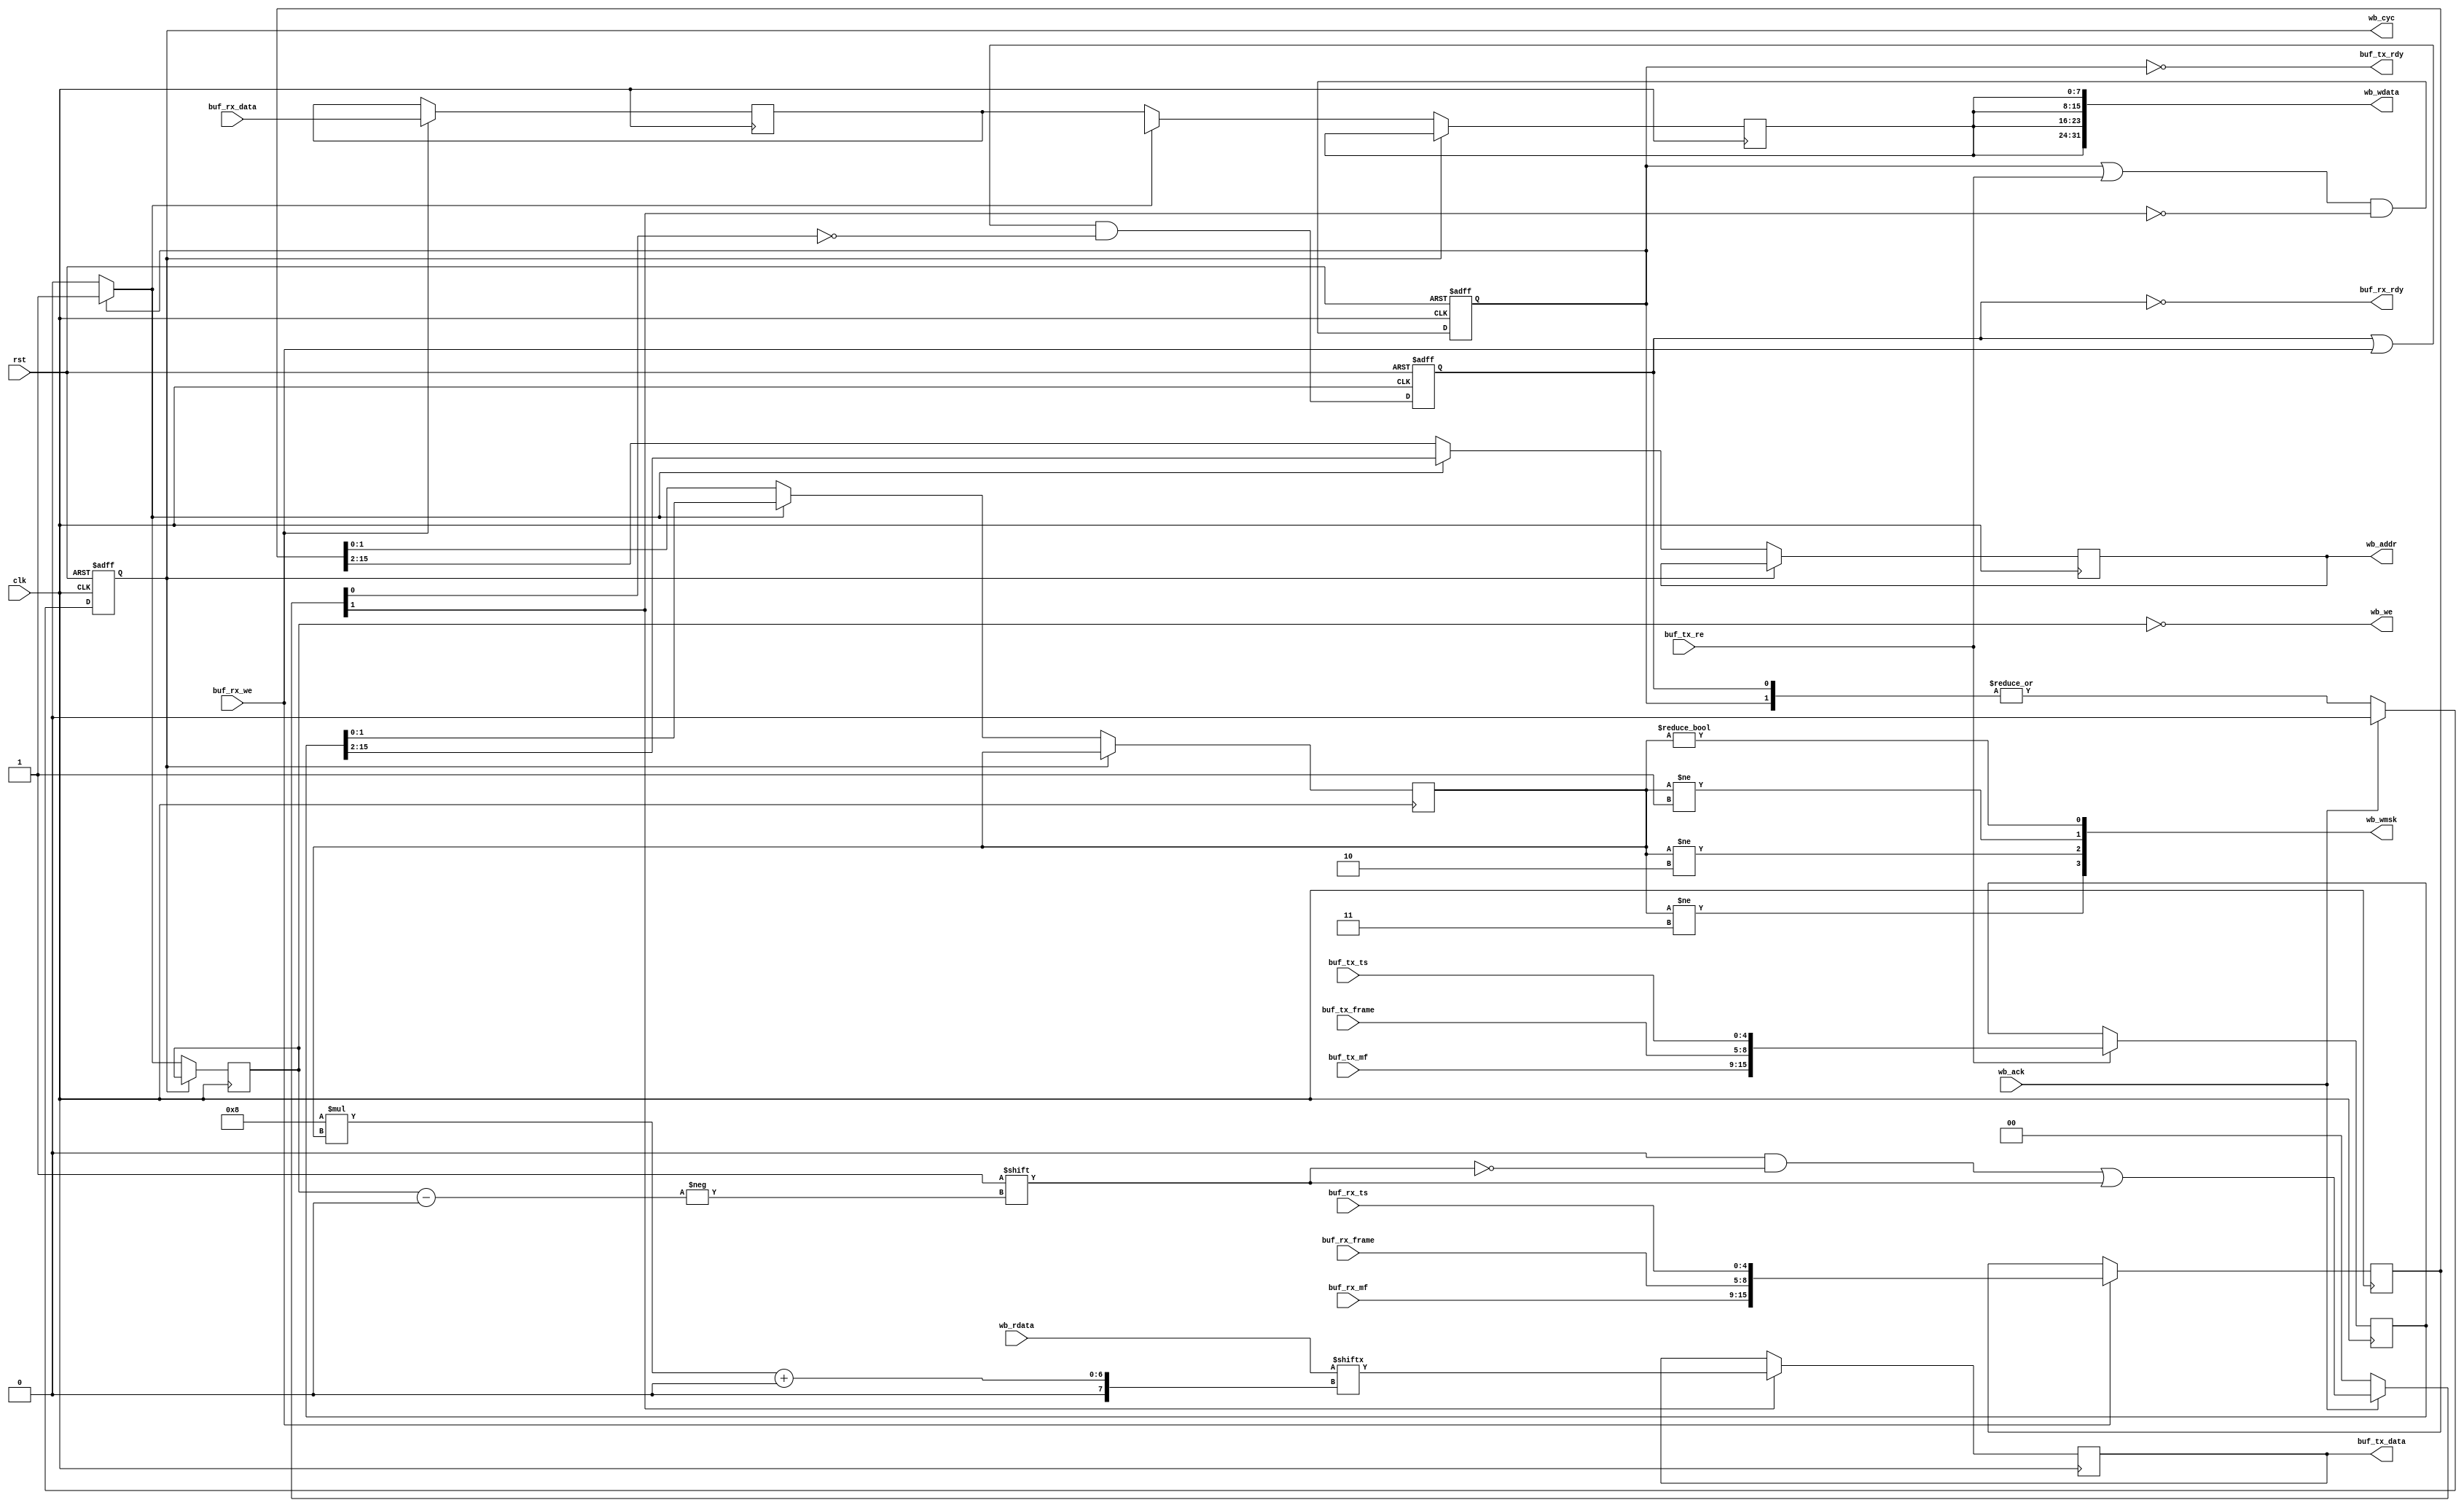
/*
 * e1_buf_if_wb.v
 *
 * vim: ts=4 sw=4
 *
 * E1 buffer interface to wishbone master conversion
 *
 * Copyright (C) 2019-2020  Sylvain Munaut <tnt@246tNt.com>
 * SPDX-License-Identifier: CERN-OHL-W-2.0
 */

`default_nettype none

module e1_buf_if_wb #(
	parameter integer N = 1,					// Number of units
	parameter UNIT_HAS_RX = 1'b1,				// 1 bit per unit
	parameter UNIT_HAS_TX = 1'b1,				// 1 bit per unit
	parameter integer MFW = 7,					// Multi-Frame width
	parameter integer DW = 32,					// 16 or 32

	// auto-set parameters
	parameter integer MW = DW / 8,				// Mask Width
	parameter integer AW = MFW + 9 - $clog2(MW)	// Address Width
)(
	// Wishbone master
	output reg  [AW-1:0] wb_addr,
	input  wire [DW-1:0] wb_rdata,
	output wire [DW-1:0] wb_wdata,
	output wire [MW-1:0] wb_wmsk,
	output wire          wb_cyc,
	output wire          wb_we,
	input  wire          wb_ack,

	// Buffer interface
		// E1 RX (write)
	input  wire [(N*8)  -1:0] buf_rx_data,
	input  wire [(N*5)  -1:0] buf_rx_ts,
	input  wire [(N*4)  -1:0] buf_rx_frame,
	input  wire [(N*MFW)-1:0] buf_rx_mf,
	input  wire [ N     -1:0] buf_rx_we,
	output wire [ N     -1:0] buf_rx_rdy,

		// E1 TX (read)
	output wire [(N*8)  -1:0] buf_tx_data,
	input  wire [(N*5)  -1:0] buf_tx_ts,
	input  wire [(N*4)  -1:0] buf_tx_frame,
	input  wire [(N*MFW)-1:0] buf_tx_mf,
	input  wire [ N     -1:0] buf_tx_re,
	output wire [ N     -1:0] buf_tx_rdy,

	// Clock / Reset
	input  wire clk,
	input  wire rst
);

	localparam integer LW = $clog2(MW);		// LSB width
	localparam integer FW = AW + LW;		// Full-Address width
	localparam integer CW = $clog2(2*N);	// Channel width


	// Signals
	// -------

	genvar i;

	// RX
	reg  [ N-1:0] rx_pending;
	wire [ N-1:0] rx_done;
	reg  [   7:0] rx_data_reg[0:N-1];
	reg  [FW-1:0] rx_addr_reg[0:N-1];

	// TX
	reg  [ N-1:0] tx_pending;
	wire [ N-1:0] tx_done;
	reg  [   7:0] tx_data_reg[0:N-1];
	reg  [FW-1:0] tx_addr_reg[0:N-1];

	// Transactions
	wire [2*N-1:0] t_pending;
	reg  [2*N-1:0] t_done;

	reg            t_nxt_busy;
	reg            t_busy;
	reg   [CW-1:0] t_nxt_chan;
	reg   [CW-1:0] t_chan; // MSB = RX(0) / TX(1)

	reg   [LW-1:0] wb_addr_lsb;
	reg   [   7:0] wb_wdata_byte;
	wire  [   7:0] wb_rdata_mux;


	// E1 RX (write)
	// -------------

	generate
		for (i=0; i<N; i=i+1) begin
			if (UNIT_HAS_RX[i]) begin

				// Capture
				always @(posedge clk)
					if (buf_rx_we[i]) begin
						rx_data_reg[i] <= buf_rx_data[8*i+:8];
						rx_addr_reg[i] <= {
							buf_rx_mf [MFW*i+:MFW],
							buf_rx_frame[4*i+:  4],
							buf_rx_ts   [5*i+:  5]
						};
					end

				// Pending flag
				always @(posedge clk or posedge rst)
					if (rst)
						rx_pending[i] <= 1'b0;
					else
						rx_pending[i] <= (rx_pending[i] | buf_rx_we[i]) & ~rx_done[i];

				// Ready status
				assign buf_rx_rdy[i] = ~rx_pending[i];

			end else begin

				// Dummy
				always @(posedge clk)
				begin
					rx_pending[i]  <= 0;
					rx_data_reg[i] <= 8'h00;
					rx_addr_reg[i] <= 0;
				end

			end
		end
	endgenerate


	// E1 TX (read)
	// ------------

	generate
		for (i=0; i<N; i=i+1) begin
			if (UNIT_HAS_TX[i]) begin

				// Capture
				always @(posedge clk)
					if (buf_tx_re[i]) begin
						tx_addr_reg[i] <= {
							buf_tx_mf [MFW*i+:MFW],
							buf_tx_frame[4*i+:  4],
							buf_tx_ts   [5*i+:  5]
						};
					end

				// Pending flag
				always @(posedge clk or posedge rst)
					if (rst)
						tx_pending[i] <= 1'b0;
					else
						tx_pending[i] <= (tx_pending[i] | buf_tx_re[i]) & ~tx_done[i];

				// Ready status
				assign buf_tx_rdy[i] = ~tx_pending[i];

				// Read data
				always @(posedge clk)
					if (tx_done[i])
						tx_data_reg[i] <= wb_rdata_mux;

				assign buf_tx_data[8*i+:8] = tx_data_reg[i];

			end else begin

				// Dummy
				always @(posedge clk)
				begin
					tx_pending[i]  <= 0;
					tx_data_reg[i] <= 8'h00;
					tx_addr_reg[i] <= 0;
				end

			end
		end
	endgenerate


	// Wishbone transactions
	// ---------------------

	// "Next" selection
	assign t_pending = { tx_pending, rx_pending };

	always @(*)
	begin : next_sel
		integer j;

		// Anything pending ?
		t_nxt_busy = |t_pending;

		// Select one
		t_nxt_chan = 0;

		for (j=0; j<2*N; j=j+1)
			if (t_pending[j])
				t_nxt_chan = j;
	end

	// State
	always @(posedge clk or posedge rst)
		if (rst)
			t_busy <= 1'b0;
		else
			t_busy <= wb_ack ? 1'b0 : t_nxt_busy;

	always @(posedge clk)
		if (~t_busy)
			t_chan <= t_nxt_chan;

	// Cycle
	assign wb_cyc = t_busy;
	assign wb_we  = ~t_chan[CW-1];

	// Muxing
	always @(posedge clk)
	begin : mux
		integer j;
		if (~t_busy) begin
			// Defaults
			wb_wdata_byte <= 8'hxx;
			wb_addr       <= 0;
			wb_addr_lsb   <= 0;

			// Find match
				// RX
			for (j=0; j<N; j=j+1)
				if (t_nxt_chan == j) begin
					wb_wdata_byte <= rx_data_reg[j];
					wb_addr       <= rx_addr_reg[j][FW-1:LW];
					wb_addr_lsb   <= rx_addr_reg[j][LW-1: 0];
				end

				// TX
			for (j=0; j<N; j=j+1)
				if (t_nxt_chan == (N+j)) begin
					wb_addr       <= tx_addr_reg[j][FW-1:LW];
					wb_addr_lsb   <= tx_addr_reg[j][LW-1: 0];
				end
		end
	end

	// Write data map
	generate
		for (i=0; i<MW; i=i+1)
		begin
			assign wb_wdata[8*i+:8] = wb_wdata_byte;
			assign wb_wmsk[i] = wb_addr_lsb != i;
		end
	endgenerate

	// Read mux between bytes
	assign wb_rdata_mux = wb_rdata[8*wb_addr_lsb+:8];

	// Done signals
	always @(*)
	begin
		// Default is no change
		t_done = 0;

		// If we have a 'ack', see who got completed
		if (wb_ack)
			t_done[t_chan] = 1'b1;
	end

	assign { tx_done, rx_done } = t_done;

endmodule // e1_buf_if_wb